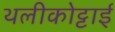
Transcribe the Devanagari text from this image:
थलीकोट्टाई